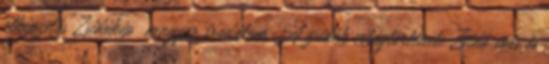
elképzelés Zsidókép magyar irodalom A zsidók világtörténete Zsidó sors és